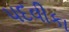
પદવીકા